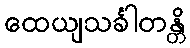
ထေယျသင်္ခါတန္တိ